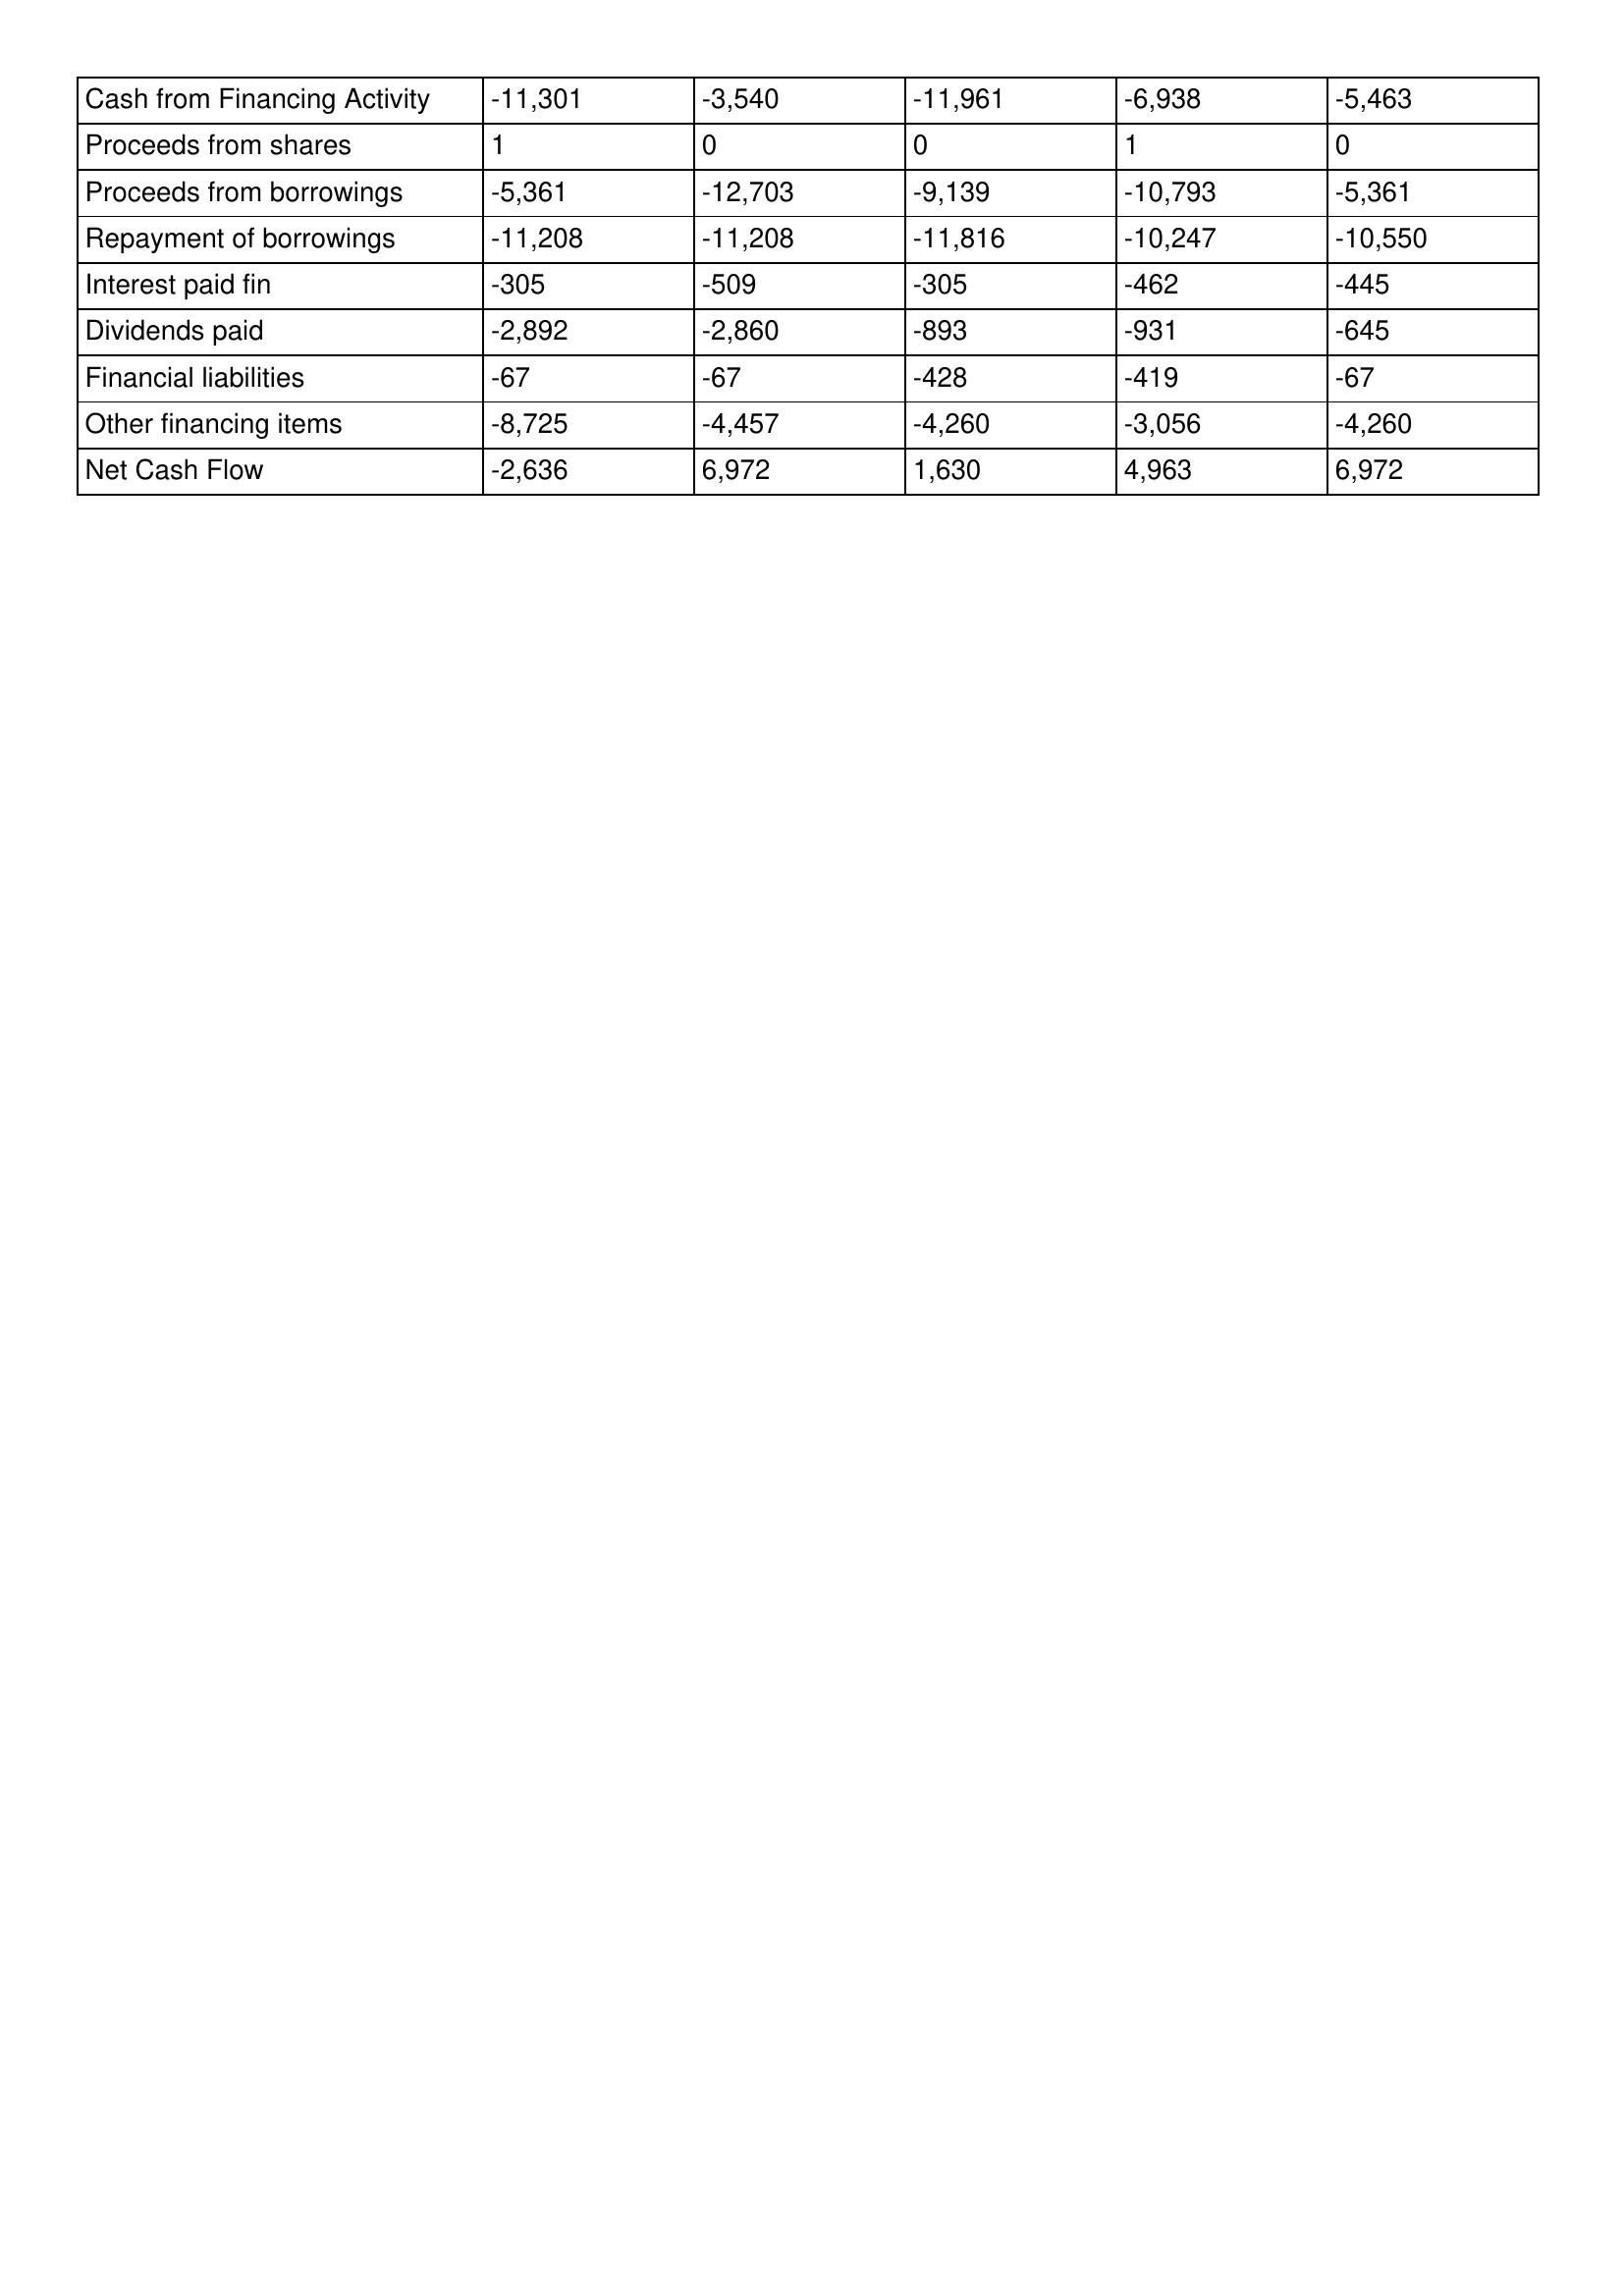
gt_parse: 2002: Cash Flows: Cash from Financing Activity: -11,301
Proceeds from shares: 1
Proceeds from borrowings: -5,361
Repayment of borrowings: -11,208
Interest paid fin: -305
Dividends paid: -2,892
Financial liabilities: -67
Other financing items: -8,725
Net Cash Flow: -2,636
2001: Cash Flows: Cash from Financing Activity: -3,540
Proceeds from shares: 0
Proceeds from borrowings: -12,703
Repayment of borrowings: -11,208
Interest paid fin: -509
Dividends paid: -2,860
Financial liabilities: -67
Other financing items: -4,457
Net Cash Flow: 6,972
2000: Cash Flows: Cash from Financing Activity: -11,961
Proceeds from shares: 0
Proceeds from borrowings: -9,139
Repayment of borrowings: -11,816
Interest paid fin: -305
Dividends paid: -893
Financial liabilities: -428
Other financing items: -4,260
Net Cash Flow: 1,630
1999: Cash Flows: Cash from Financing Activity: -6,938
Proceeds from shares: 1
Proceeds from borrowings: -10,793
Repayment of borrowings: -10,247
Interest paid fin: -462
Dividends paid: -931
Financial liabilities: -419
Other financing items: -3,056
Net Cash Flow: 4,963
1998: Cash Flows: Cash from Financing Activity: -5,463
Proceeds from shares: 0
Proceeds from borrowings: -5,361
Repayment of borrowings: -10,550
Interest paid fin: -445
Dividends paid: -645
Financial liabilities: -67
Other financing items: -4,260
Net Cash Flow: 6,972